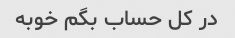
در کل حساب بگم خوبه